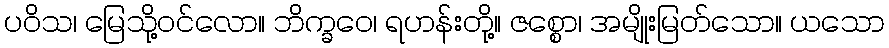
ပဝိသ၊ မြေသို့ဝင်လော။ ဘိက္ခဝေ၊ ရဟန်းတို့။ ဇစ္စော၊ အမျိုးမြတ်သော။ ယသော